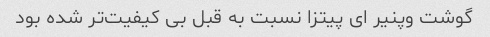
گوشت وپنیر ای پیتزا نسبت به قبل بی کیفیت‌تر شده بود